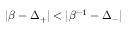
| \beta - \Delta _ { + } | < | \beta ^ { - 1 } - \Delta _ { - } |